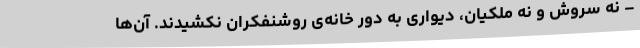
– نه سروش و نه ملکیان، دیواری به دور خانه‌ی روشنفکران نکشیدند. آن‌ها